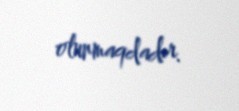
olunmaqdadır.